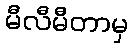
မီလီမီတာမှ